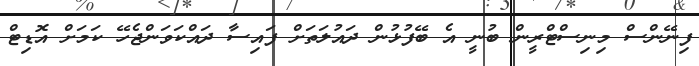
ފިނޭންސް މިނިސްޓްރީން ބުނީ އެ ބޭފުޅުން ދައުލަތަށް ފައިސާ ދައްކަވަންޖެހޭ ކަމަށް އޮޑިޓް